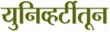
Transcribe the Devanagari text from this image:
युनिव्हर्टीतून